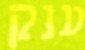
ענק